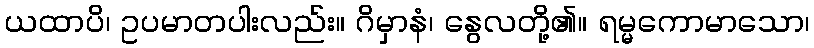
ယထာပိ၊ ဥပမာတပါးလည်း။ ဂိမှာနံ၊ နွေလတို့၏။ ရမ္မကောမာသော၊